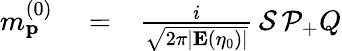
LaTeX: \begin{array}{rlr}{m_{\mathbf{p}}^{(0)}}&{{}=}&{\frac{i}{\sqrt{2\pi|\mathbf{E}(\eta_{0})|}}\, {\cal S}\, {\cal P}_{+}Q}\end{array}